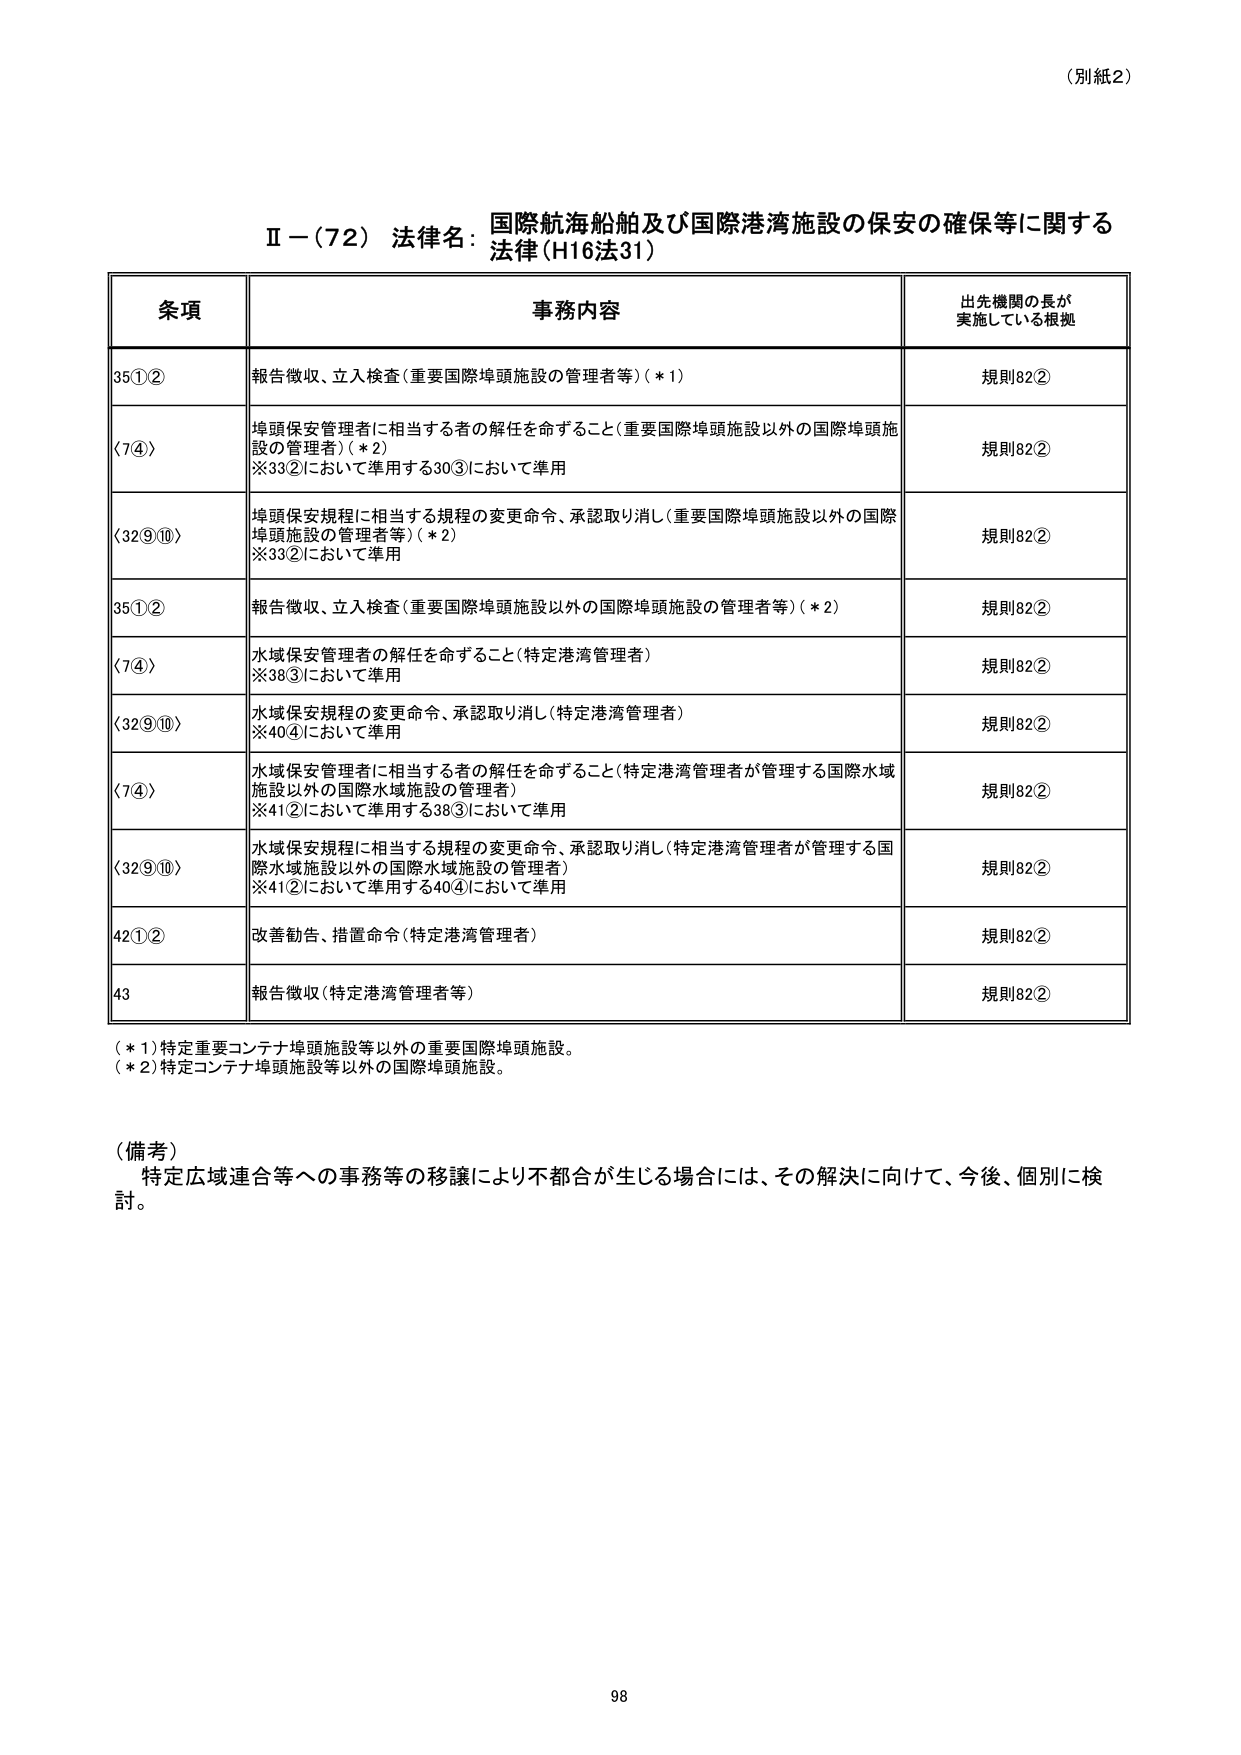
（別紙2）

Ⅱ－（72）法律名：国際航海船舶及び国際港湾施設の保安の確保等に関する法律（H16法31）

条項 事務内容 出先機関の長が実施している根拠
35①② 報告徴収、立入検査（重要国際埠頭施設の管理者等）（＊1） 規則82②
〈7④〉 埠頭保安管理者に相当する者の解任を命ずること（重要国際埠頭施設以外の国際埠頭施設の管理者）（＊2）
※33②において準用する30③において準用 規則82②
〈32⑨⑩〉 埠頭保安規程に相当する規程の変更命令、承認取り消し（重要国際埠頭施設以外の国際埠頭施設の管理者等）（＊2）
※33②において準用 規則82②
35①② 報告徴収、立入検査（重要国際埠頭施設以外の国際埠頭施設の管理者等）（＊2） 規則82②
〈7④〉 水域保安管理者の解任を命ずること（特定港湾管理者）
※38③において準用 規則82②
〈32⑨⑩〉 水域保安規程の変更命令、承認取り消し（特定港湾管理者）
※40④において準用 規則82②
〈7④〉 水域保安管理者に相当する者の解任を命ずること（特定港湾管理者が管理する国際水域施設以外の国際水域施設の管理者）
※41②において準用する38③において準用 規則82②
〈32⑨⑩〉 水域保安規程に相当する規程の変更命令、承認取り消し（特定港湾管理者が管理する国際水域施設以外の国際水域施設の管理者）
※41②において準用する40④において準用 規則82②
42①② 改善勧告、措置命令（特定港湾管理者） 規則82②
43 報告徴収（特定港湾管理者等） 規則82②

（＊1）特定重要コンテナ埠頭施設等以外の重要国際埠頭施設。
（＊2）特定コンテナ埠頭施設等以外の国際埠頭施設。

（備考）
特定広域連合等への事務等の移譲により不都合が生じる場合には、その解決に向けて、今後、個別に検討。

98